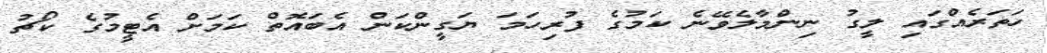
ހަތަރެއްގައި ލީގު ނިންމާލެވޭނެ ކަމުގެ ފުރިހަމަ ޔަގީންކަން އެބައޮތް ކަމަށް އެޓީމުގެ ކޯޗު